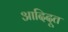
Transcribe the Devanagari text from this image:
आदिदूत